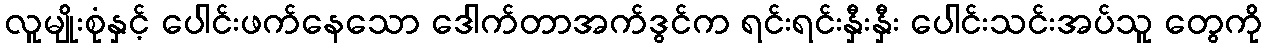
လူမျိုးစုံနှင့် ပေါင်းဖက်နေသော ဒေါက်တာအက်ဒွင်က ရင်းရင်းနှီးနှီး ပေါင်းသင်းအပ်သူ တွေကို